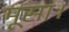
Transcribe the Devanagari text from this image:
मूसा।